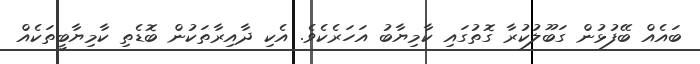
ބައެއް ބޭފުޅުން ގަބޫލުކުރާ ގޮތުގައި ކާމިޔާބު އަހަރެކެވެ. އެކި ދާއިރާތަކުން ބޮޑެތި ކާމިޔާބީތަކެއް